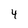
Character: 4